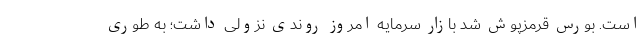
است. بورس قرمزپوش شد بازار سرمایه امروز روندی نزولی داشت؛ به طوری